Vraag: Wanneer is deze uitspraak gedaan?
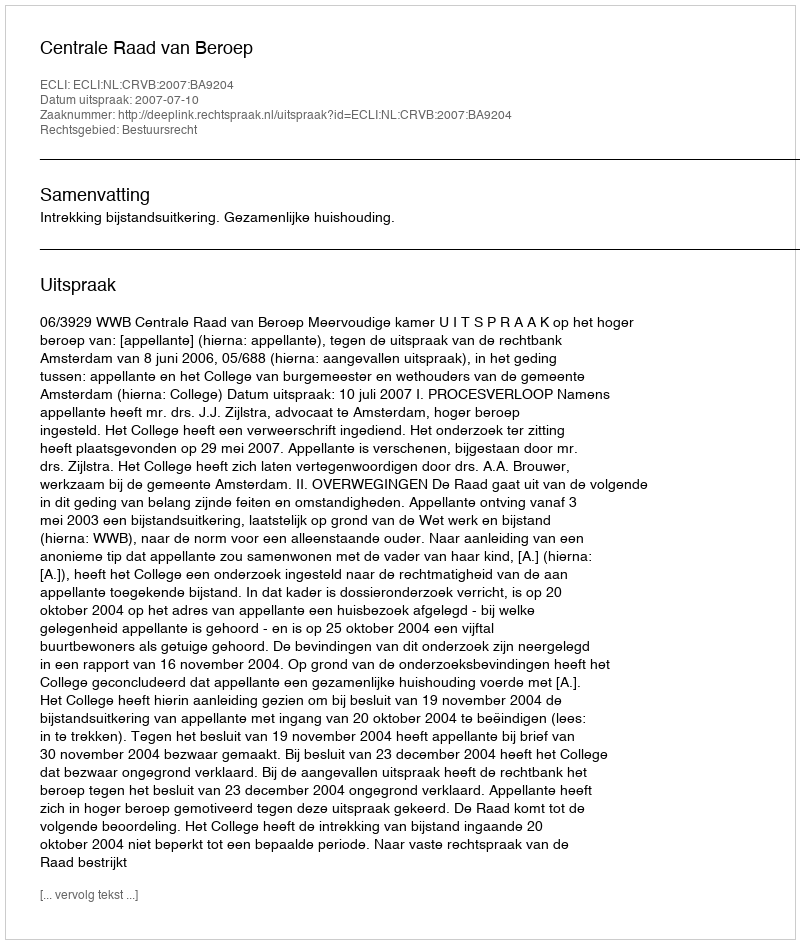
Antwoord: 2007-07-10